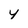
Character: 4